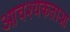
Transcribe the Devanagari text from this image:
आवश्यकताआ